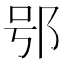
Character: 𨚙